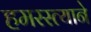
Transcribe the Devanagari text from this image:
हमरस्त्याने